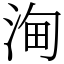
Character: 𣵦